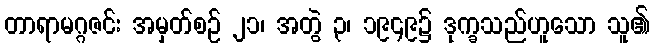
တာရာမဂ္ဂဇင်း အမှတ်စဉ် ၂၁၊ အတွဲ ၃၊ ၁၉၄၉၌ ဒုက္ခသည်ဟူသော သူ၏